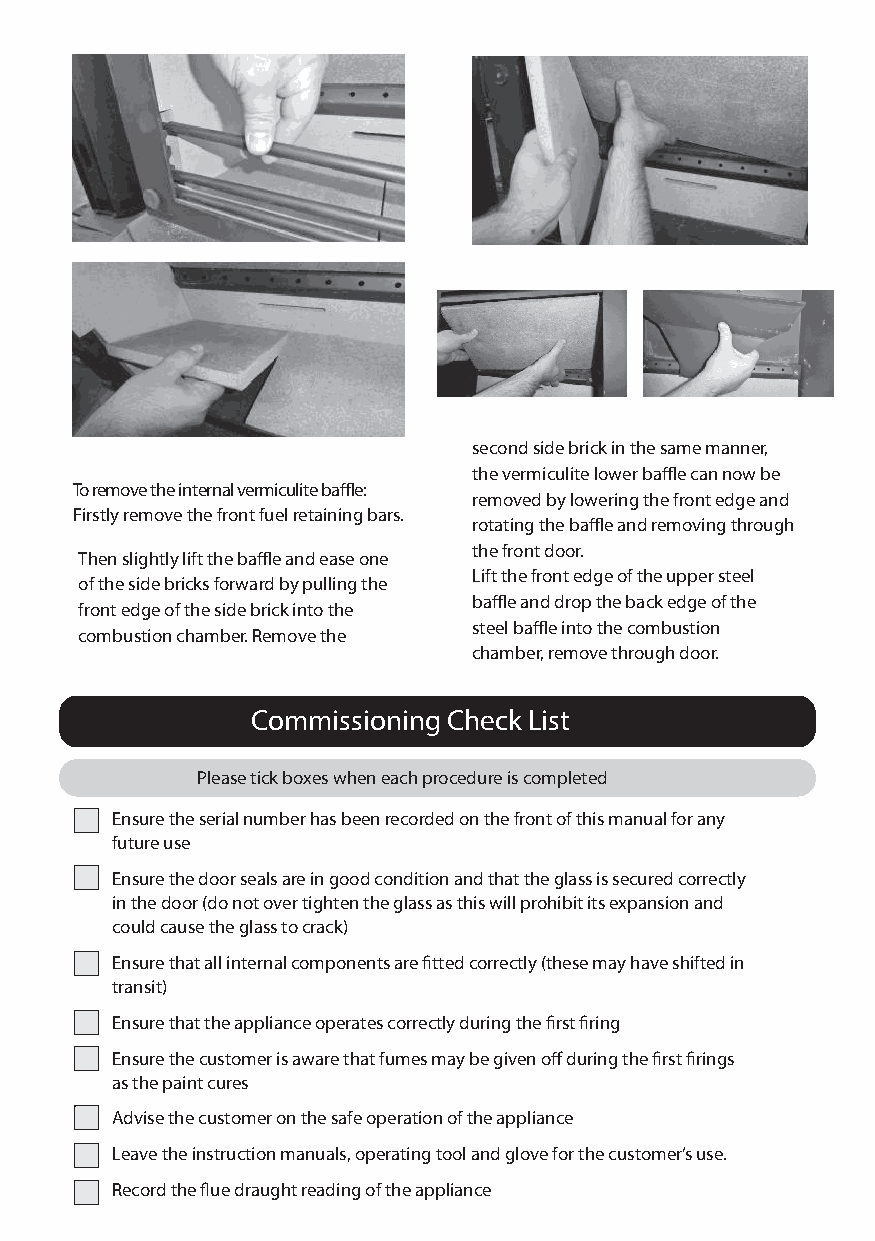
second side brick in the same manner,
 the vermiculite lower baffle can now be
 To remove the internal vermiculite baffle:
 removed by lowering the front edge and
 Firstly remove the front fuel retaining bars.
 rotating the baffle and removing through
 the front door.
 Then slightly lift the baffle and ease one
 Lift the front edge of the upper steel
 of the side bricks forward by pulling the
 baffle and drop the back edge of the
 front edge of the side brick into the
 steel baffle into the combustion
 combustion chamber. Remove the
 chamber, remove through door.
 Commissioning Check List
 Please tick boxes when each procedure is completed
 Ensure the serial number has been recorded on the front of this manual for any
 future use
 Ensure the door seals are in good condition and that the glass is secured correctly
 in the door (do not over tighten the glass as this will prohibit its expansion and
 could cause the glass to crack)
 Ensure that all internal components are fitted correctly (these may have shifted in
 transit)
 Ensure that the appliance operates correctly during the first firing
 Ensure the customer is aware that fumes may be given off during the first firings
 as the paint cures
 Advise the customer on the safe operation of the appliance
 Leave the instruction manuals, operating tool and glove for the customer’s use.
 Record the flue draught reading of the appliance